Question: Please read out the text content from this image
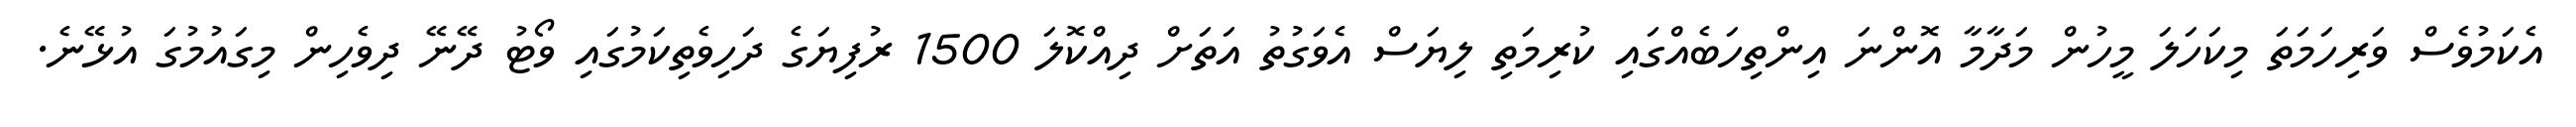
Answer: އެކަމުވެސް ވަރިހަމަތަ މިކަހަލަ މީހުން މަދާމާ އޮންނަ އިންތިހަބެއްގައި ކުރިމަތި ލިޔަސް އެވަގުތު އަތަށް ދިއްކޮލަ 1500 ރުފިޔަގެ ދަހިވެތިކަމުގައި ވޯޓު ދޭނޭ ދިވެހިން މިގައުމުގަ އުޅޭނެ.